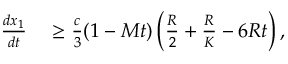
\begin{array} { r l } { \frac { d x _ { 1 } } { d t } } & { { } \geq \frac { c } { 3 } ( 1 - M t ) \, \bigg ( \frac { R } { 2 } + \frac { R } { K } - 6 R t \bigg ) \, , } \end{array}